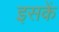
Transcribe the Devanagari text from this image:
इसकें